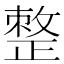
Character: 𢿋